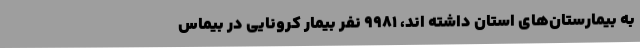
به بیمارستان‌های استان داشته اند، 9981 نفر بیمار کرونایی در بیماس